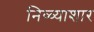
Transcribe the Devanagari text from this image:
निळ्याशार